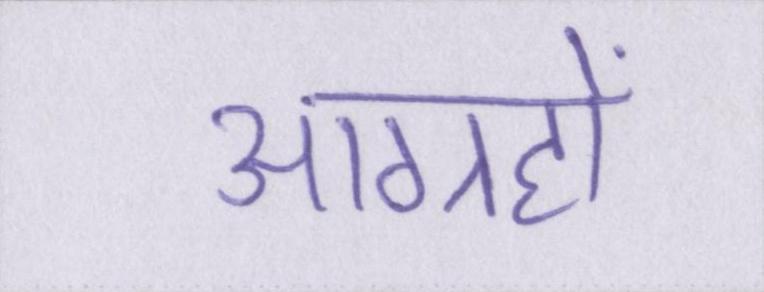
आग्रहों